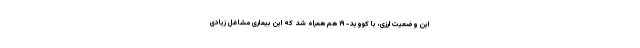
این وضعیت ارزی، با کووید- ۱۹ هم همراه شد که این بیماری مشاغل زیادی